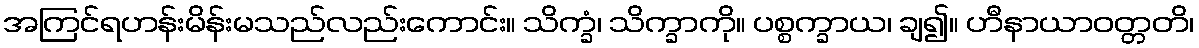
အကြင်ရဟန်းမိန်းမသည်လည်းကောင်း။ သိက္ခံ၊ သိက္ခာကို။ ပစ္စက္ခာယ၊ ချ၍။ ဟီနာယာဝတ္တတိ၊